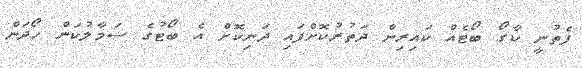
ފެތުނީ ކާގޯ ބޯޓެއް ކައިރިން ދަތުރުކޮށްފައި ދަނިކޮށް އެ ބޯޓުގެ ސަމާލުކަން ހޯދަން